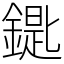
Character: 𨫞